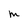
Character: M